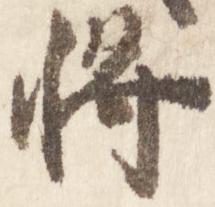
将